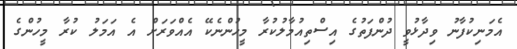
އެމަނިކުފާނު ވިދާޅުވީ ދުންފަތުގެ އިސްތިއުމާލުކުރާ މީހުންނެކޭ އެއްވަރަށް އެ އަމަލު ކުރާ މީހުންގެ